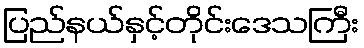
ပြည်နယ်နှင့်တိုင်းဒေသကြီး